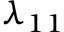
\lambda _ { 1 1 }